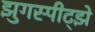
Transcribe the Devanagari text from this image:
झुगस्पीट्झे